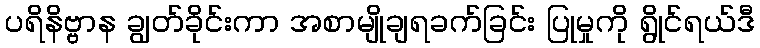
ပရိနိဗ္ဗာန ချွတ်ခိုင်းကာ အစာမျိုချရခက်ခြင်း ပြုမှုကို ရွိုင်ရယ်ဒီ